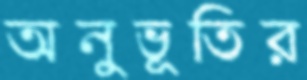
অনুভূতির